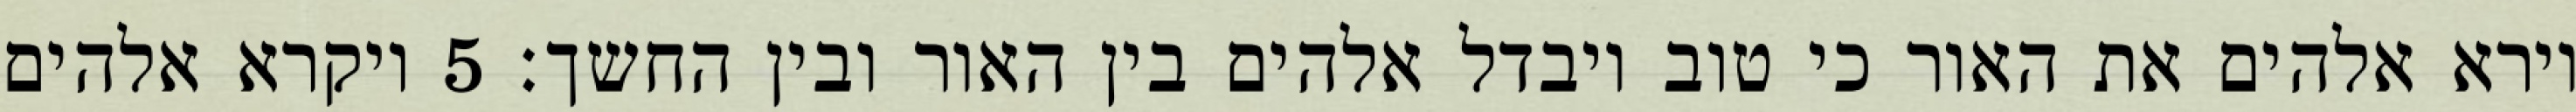
וירא אלהים את האור כי טוב ויבדל אלהים בין האור ובין החשך׃ ‎5‏ ויקרא אלהים